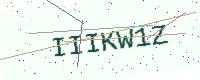
Text: IIIKW1Z